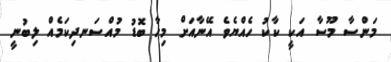
މަންސާ މޫސާ އަކީ ކާކު ހެއްޔެވެ އޭނާއަށް މިހާ ބޮޑު މުއްސަނދިކަމެއް ލިބުނީ